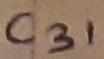
Text: C31